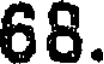
68.